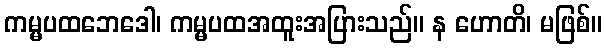
ကမ္မပထဘေဒေါ၊ ကမ္မပထအထူးအပြားသည်။ န ဟောတိ၊ မဖြစ်။